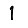
Digit: 1